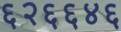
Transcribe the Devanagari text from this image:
६२६६४६